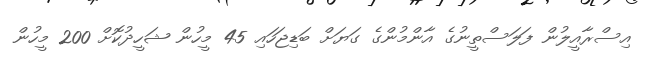
އިސްރާއީލުން ފަލަސްތީނުގެ އާންމުންގެ ގަޔަށް ބަޑިޖަހައި 45 މީހުން ޝަހީދުކޮށް 200 މީހުން